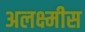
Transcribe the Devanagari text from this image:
अलक्ष्मीस